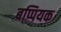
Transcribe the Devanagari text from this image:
बप्पियक